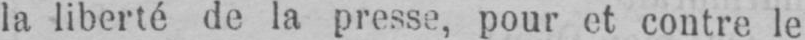
la liberté de la presse, pour et contre le